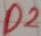
Text: D2